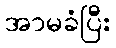
အာမခံပြီး